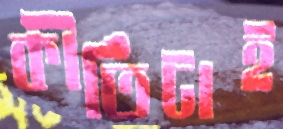
কীর্তিটাই